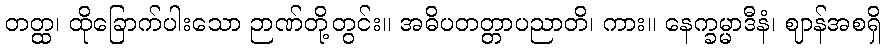
တတ္ထ၊ ထိုခြောက်ပါးသော ဉာဏ်တို့တွင်း။ အဓိပတတ္တာပညာတိ၊ ကား။ နေက္ခမ္မာဒီနံ၊ ဈာန်အစရှိ